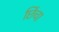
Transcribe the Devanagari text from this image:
छिंचा